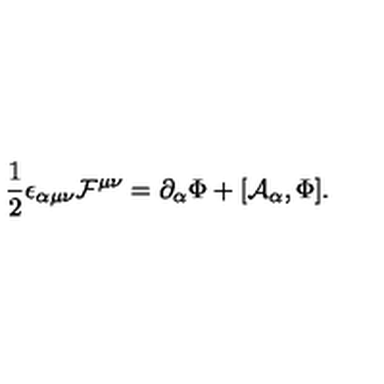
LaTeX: \frac { 1 } { 2 } \epsilon _ { \alpha \mu \nu } { \cal F } ^ { \mu \nu } = \partial _ { \alpha } \Phi + [ { \cal A } _ { \alpha } , \Phi ] .